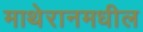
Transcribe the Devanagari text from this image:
माथेरानमधील